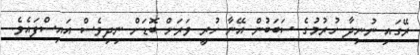
ރޭގައި ނުނިދާ ހުރުމުގެ ސަބަބުން އޭނާ ހުރީ ވަރަށް ބޮޑަށް ނިދިވެސް އައިސްފައެވެ.